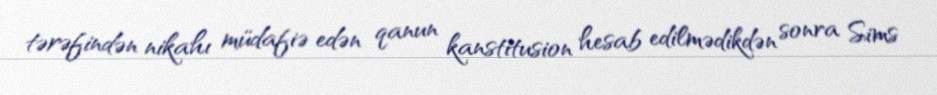
tərəfindən nikahı müdafiə edən qanun kanstitusion hesab edilmədikdən sonra Sims